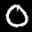
Label: 0